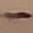
Text: -